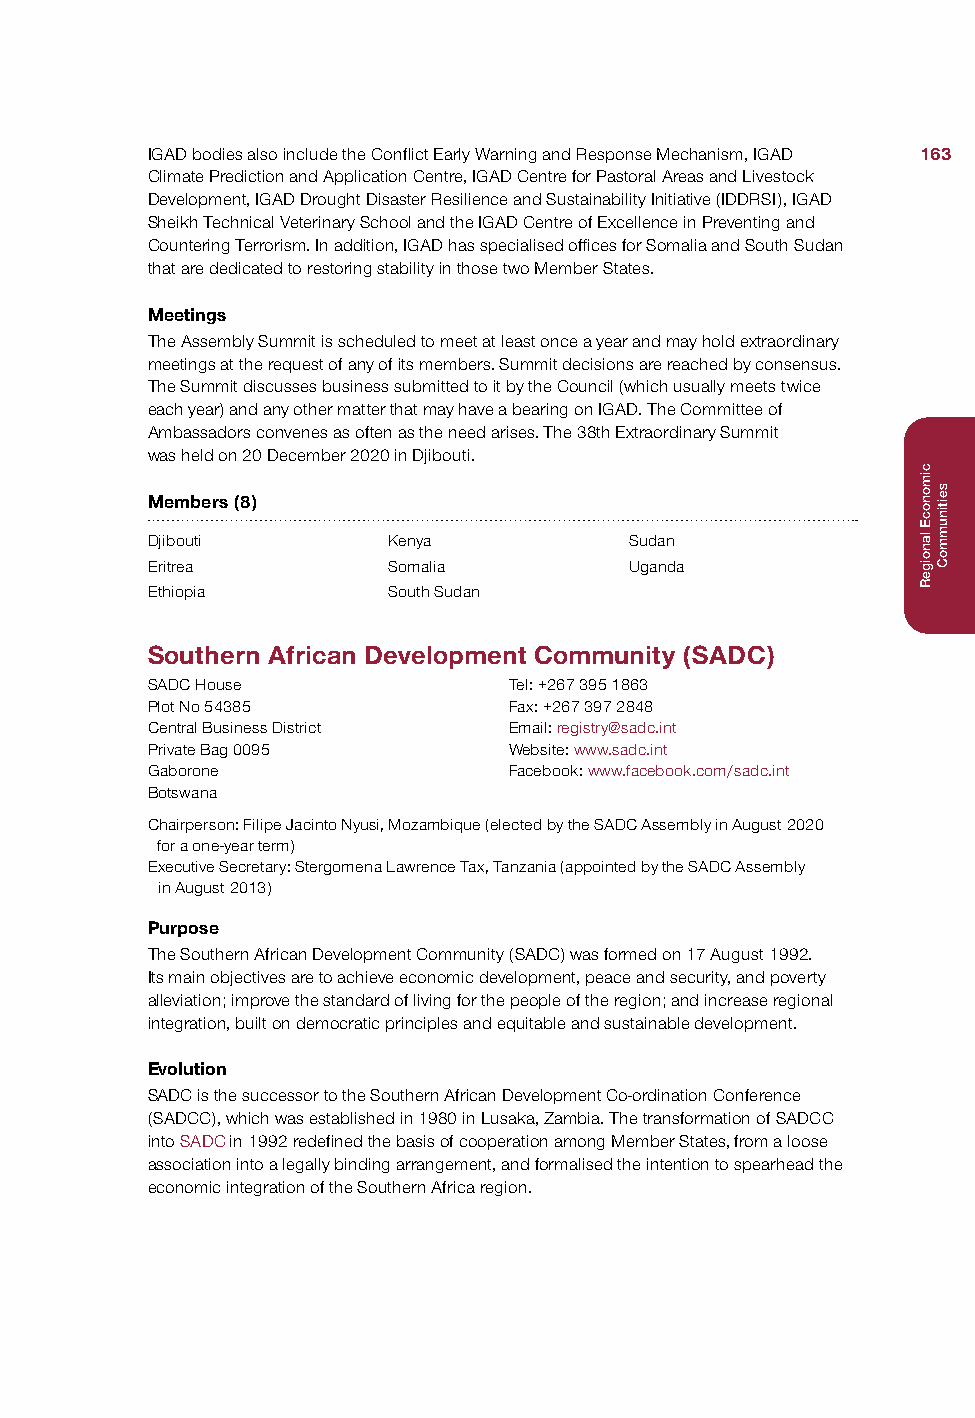
IGAD bodies also include the Conflict Early Warning and Response Mechanism, IGAD 163
 Climate Prediction and Application Centre, IGAD Centre for Pastoral Areas and Livestock
 Development, IGAD Drought Disaster Resilience and Sustainability Initiative (IDDRSI), IGAD
 Sheikh Technical Veterinary School and the IGAD Centre of Excellence in Preventing and
 Countering Terrorism. In addition, IGAD has specialised offices for Somalia and South Sudan
 that are dedicated to restoring stability in those two Member States.
 Meetings
 The Assembly Summit is scheduled to meet at least once a year and may hold extraordinary
 meetings at the request of any of its members. Summit decisions are reached by consensus.
 The Summit discusses business submitted to it by the Council (which usually meets twice
 each year) and any other matter that may have a bearing on IGAD. The Committee of
 Ambassadors convenes as often as the need arises. The 38th Extraordinary Summit
 was held on 20 December 2020 in Djibouti.
 Members (8)
 Djibouti        Kenya           Sudan
 Eritrea         Somalia         Uganda
 Ethiopia        South Sudan
 Southern African Development Community (SADC)
 SADC House              Tel: +267 395 1863
 Plot No 54385           Fax: +267 397 2848
 Central Business District Email: registry@sadc.int
 Private Bag 0095        Website: www.sadc.int
 Gaborone                Facebook: www.facebook.com/sadc.int
 Botswana
 Chairperson: Filipe Jacinto Nyusi, Mozambique (elected by the SADC Assembly in August 2020
 for a one-year term)
 Executive Secretary: Stergomena Lawrence Tax, Tanzania (appointed by the SADC Assembly
 in August 2013)
 Purpose
 The Southern African Development Community (SADC) was formed on 17 August 1992.
 Its main objectives are to achieve economic development, peace and security, and poverty
 alleviation; improve the standard of living for the people of the region; and increase regional
 integration, built on democratic principles and equitable and sustainable development.
 Evolution
 SADC is the successor to the Southern African Development Co-ordination Conference
 (SADCC), which was established in 1980 in Lusaka, Zambia. The transformation of SADCC
 into SADC in 1992 redefined the basis of cooperation among Member States, from a loose
 association into a legally binding arrangement, and formalised the intention to spearhead the
 economic integration of the Southern Africa region.
 cimonocE
 lanoigeR
 seitinummoC